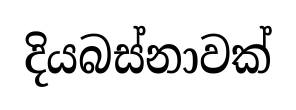
දියබස්නාවක්